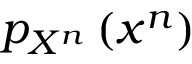
p _ { X ^ { n } } \left( x ^ { n } \right)